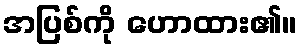
အပြစ်ကို ဟောထား၏။